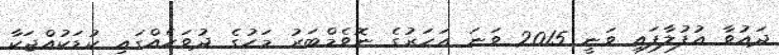
ދައުވާ އުފުލާފައި ވަނީ 2015 ވަނަ އަހަރުގެ ނޮވެމްބަރު މަހުގެ ދުވަހެއްގައި ކުޑަކުއްޖަކާ